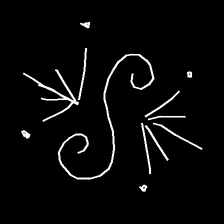
Glyph: aeroform